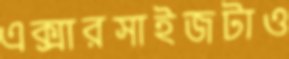
এক্সারসাইজটাও